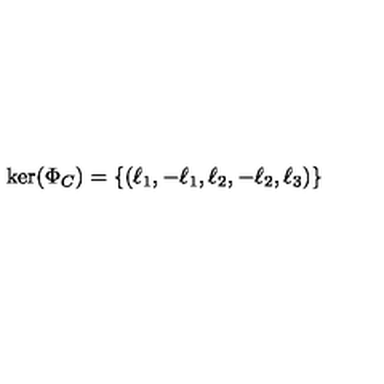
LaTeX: \mathrm { k e r } ( \Phi _ { C } ) = \left\{ \left( \ell _ { 1 } , - \ell _ { 1 } , \ell _ { 2 } , - \ell _ { 2 } , \ell _ { 3 } \right) \right\}